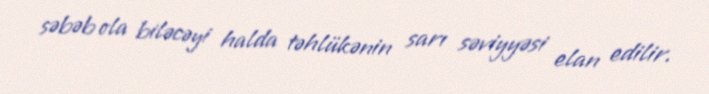
səbəb ola biləcəyi halda təhlükənin sarı səviyyəsi elan edilir.